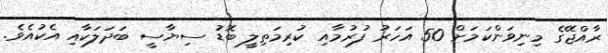
ރާއްޖޭގެ މިނިވަންކަމަށް 50 އަހަރު ފުރުމާއި ކުރިމަތިލީ ބޮޑު ސިޔާސީ ބަދަލަކާއި އެކުއެވެ.